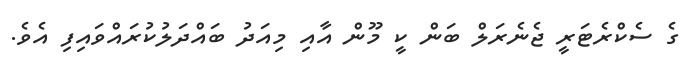
ގެ ސެކްރެޓަރީ ޖެނެރަލް ބަން ކީ މޫން އާއި މިއަދު ބައްދަލުކުރައްވައިފި އެވެ.